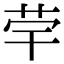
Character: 𦭨